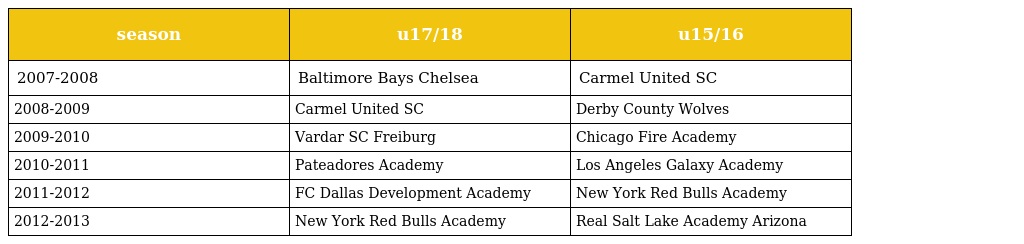
| season | u17/18 | u15/16 |
 | --- | --- | --- |
 | 2007-2008 | Baltimore Bays Chelsea | Carmel United SC |
 | 2008-2009 | Carmel United SC | Derby County Wolves |
 | 2009-2010 | Vardar SC Freiburg | Chicago Fire Academy |
 | 2010-2011 | Pateadores Academy | Los Angeles Galaxy Academy |
 | 2011-2012 | FC Dallas Development Academy | New York Red Bulls Academy |
 | 2012-2013 | New York Red Bulls Academy | Real Salt Lake Academy Arizona |